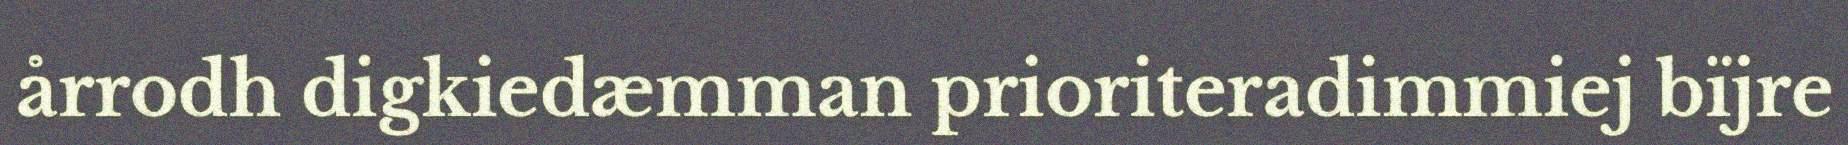
årrodh digkiedæmman prioriteradimmiej bïjre